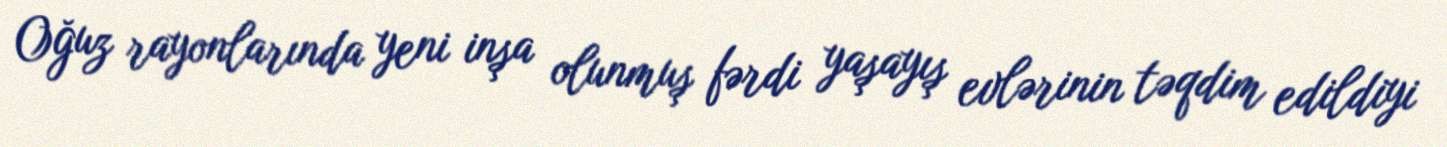
Oğuz rayonlarında yeni inşa olunmuş fərdi yaşayış evlərinin təqdim edildiyi